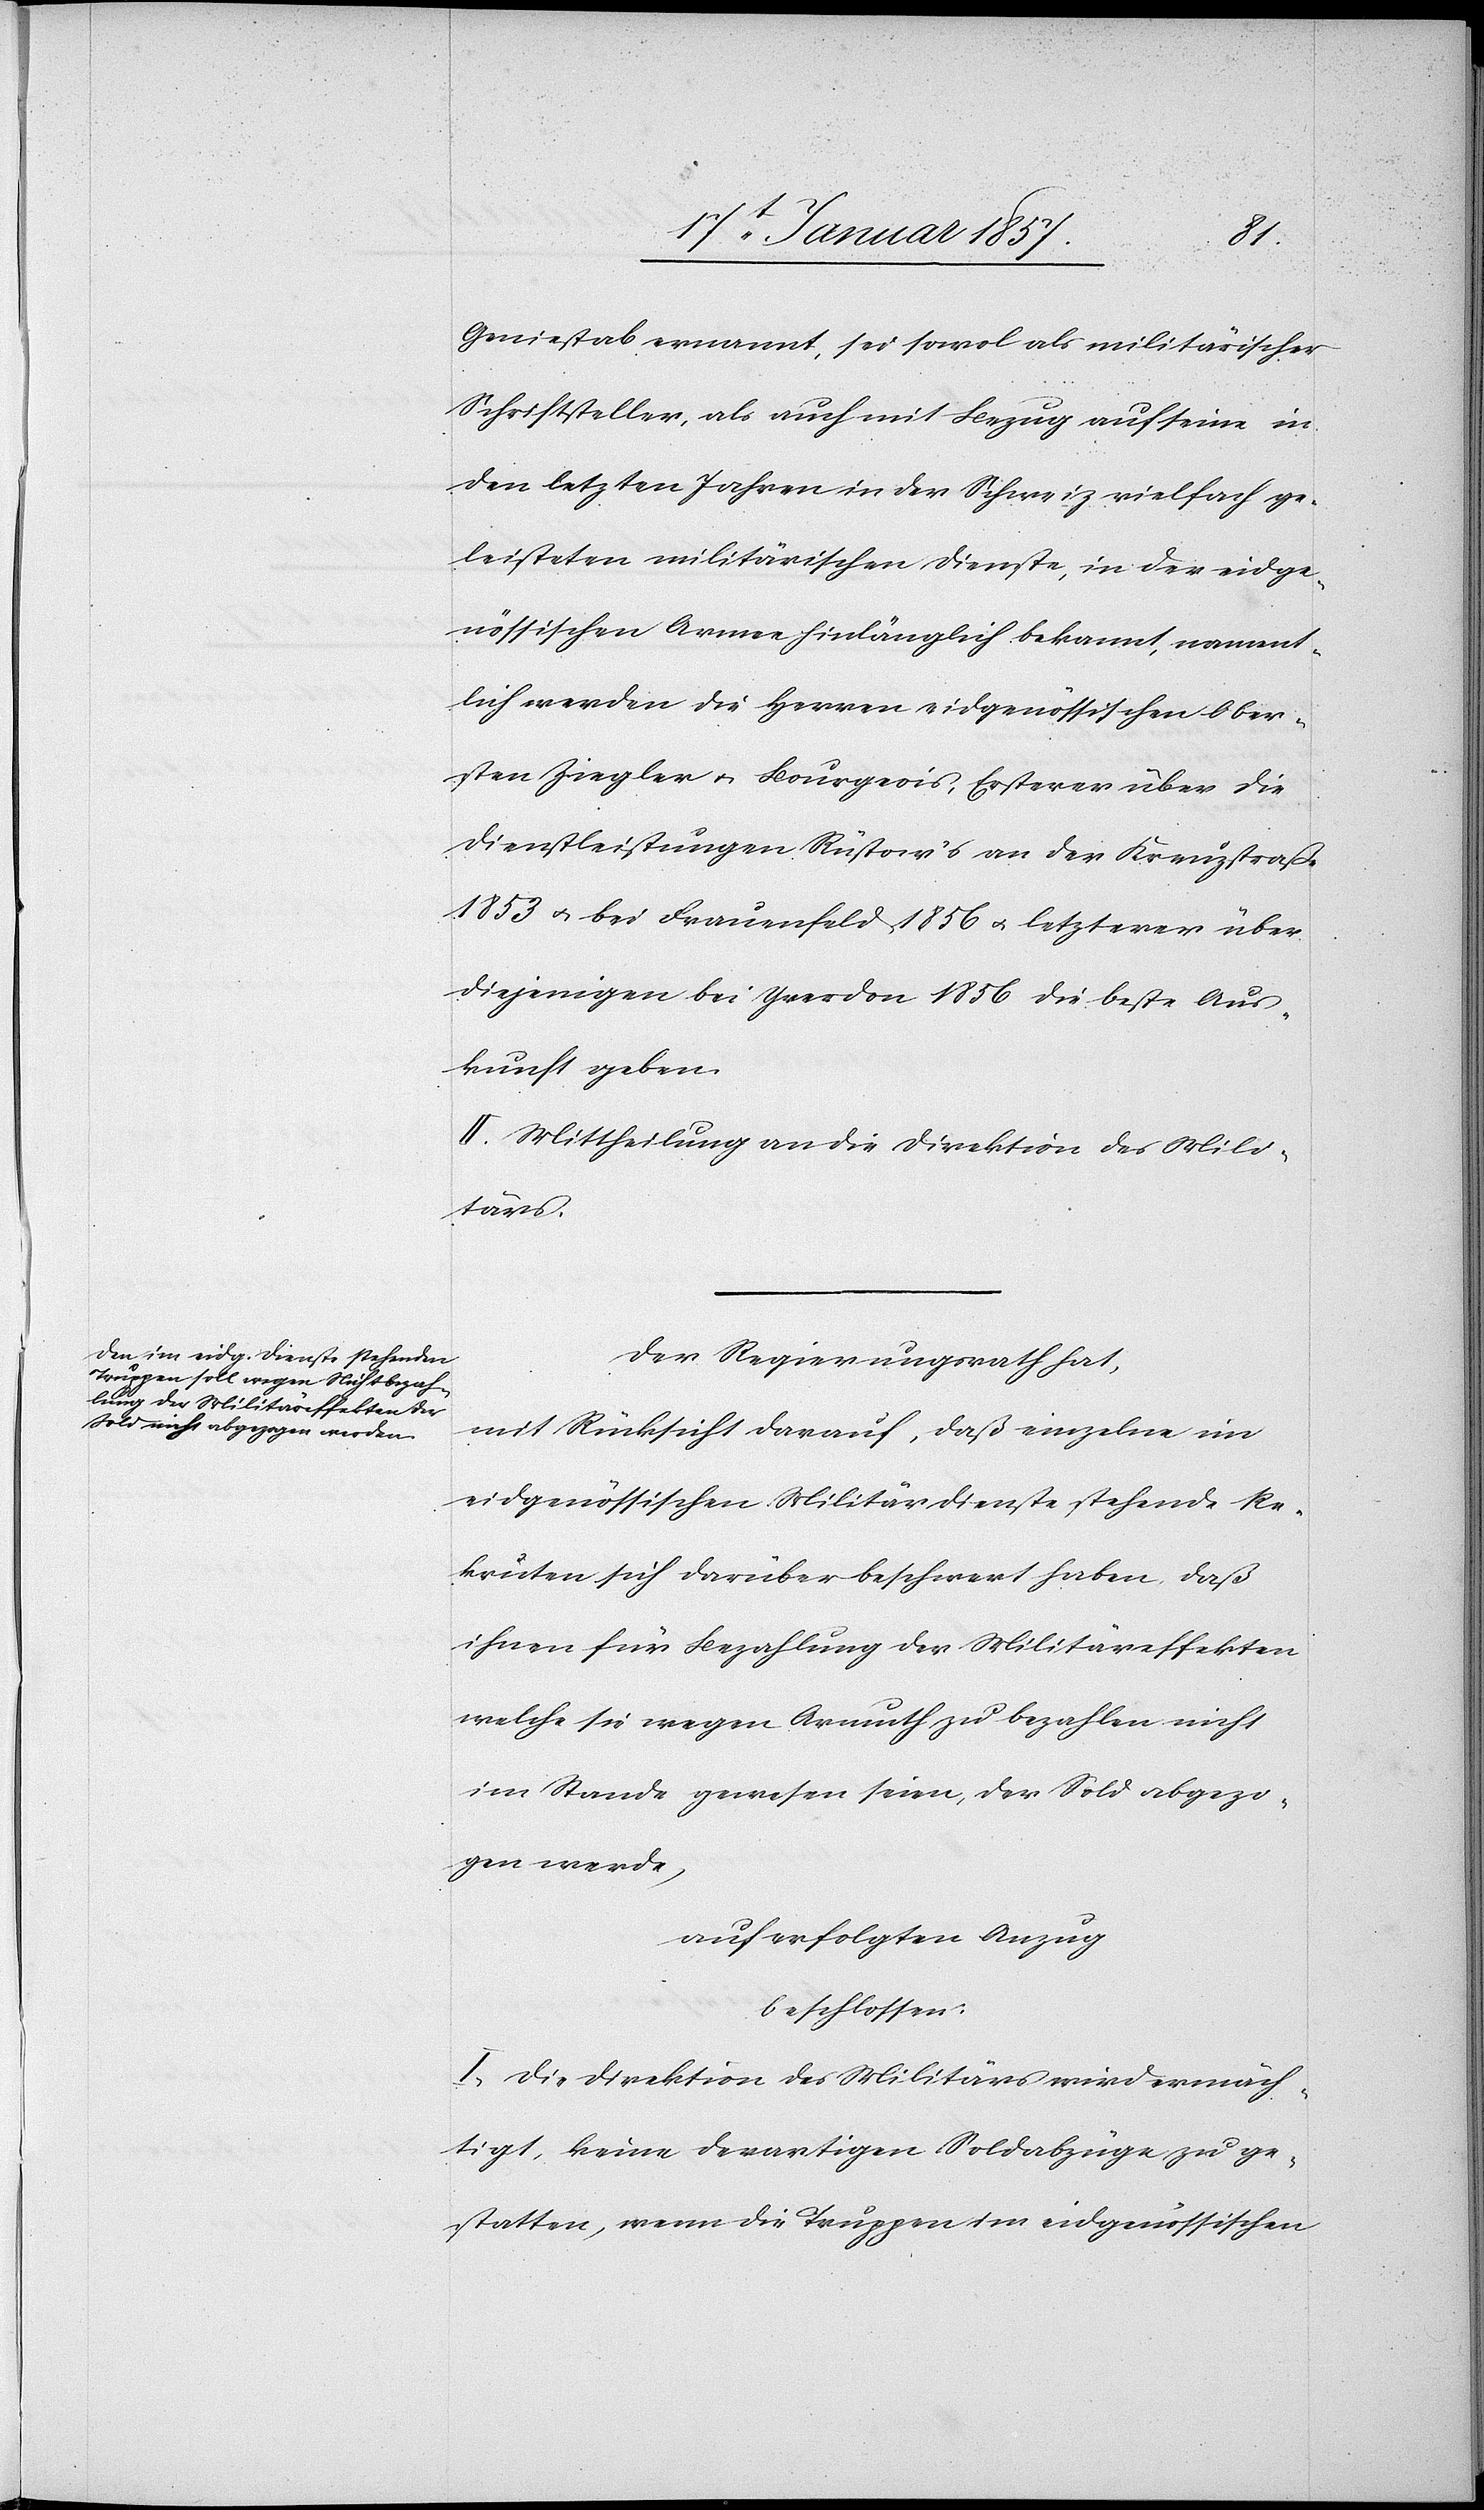
Geniestab ernannt, sei sowol als militärischer
Schriftsteller, als auch mit Bezug auf seine in
den letzten Jahren in der Schweiz vielfach ge¬
leisteten militärischen Dienste, in der eidge¬
nössischen Armee hinlänglich bekannt, nament¬
lich werden die Herren eidgenössischen Ober¬
sten Ziegler u. Bourgeois, Ersterer über die
Dienstleistungen Rüstows an der Kreuzstraße
1853 u. bei Frauenfeld 1856 u. letzterer über
diejenigen bei Yverdon 1856 die beste Aus¬
kunft geben.
Mittheilung an die Direktion des Mili¬
tärs.
Der Regierungsrath hat,
mit Rücksicht darauf, daß einzelne im
eidgenössischen Militärdienste stehende Re¬
kruten sich darüber beschwert haben daß
ihnen für Bezahlung der Militäreffekten,
welche sie wegen Armuth zu bezahlen nicht
im Stande gewesen seien, der Sold abgezo¬
gen werde,
auf erfolgten Anzug
beschlossen:
I. Die Direktion des Militärs wird ermäch¬
tigt, keine derartigen Soldabzüge zu ge¬
statten, wenn die Truppen im eidgenössischen